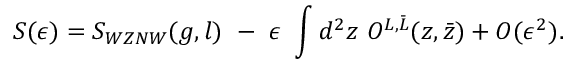
S ( \epsilon ) = S _ { W Z N W } ( g , l ) ~ - ~ \epsilon ~ \int d ^ { 2 } z ~ O ^ { L , \bar { L } } ( z , \bar { z } ) + { \cal O } ( \epsilon ^ { 2 } ) .